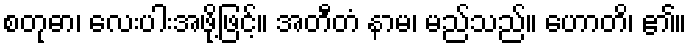
စတုဓာ၊ လေးပါးအဖို့ဖြင့်။ အတီတံ နာမ၊ မည်သည်။ ဟောတိ၊ ၏။